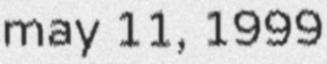
may 11, 1999